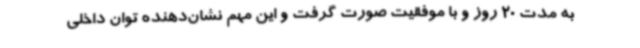
به مدت 20 روز و با موفقیت صورت گرفت و این مهم نشان‌دهنده توان داخلی